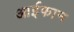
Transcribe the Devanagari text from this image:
आईफान